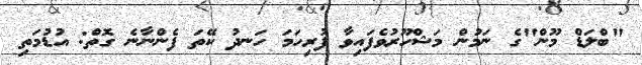
"ބްލަޑް މޫން"ގެ ނަމުން މަޝްހޫރުވެފައިވާ ފުރިހަމަ ހަނދު ކޭތަ ފެންނާނެ ގޮތް: އުޑުމަތި